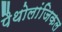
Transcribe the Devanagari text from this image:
पैथोलांजिकल